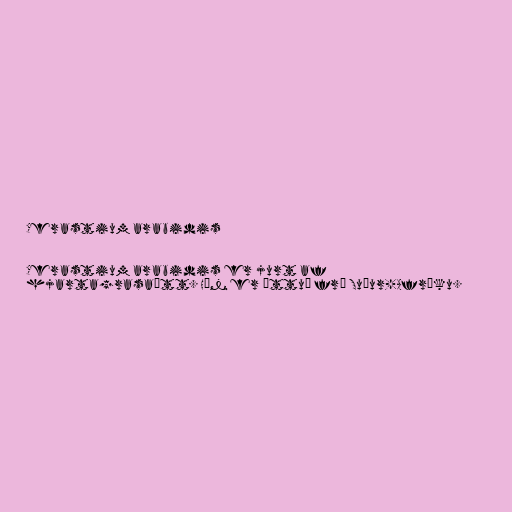
Cerastium arabidis

Cerastium arabidis er jurt af
hjartagrasaætt. Hún er ættuð frá Suður-Afríku.